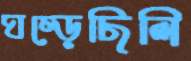
ঘষ্‌ড়েছিলি